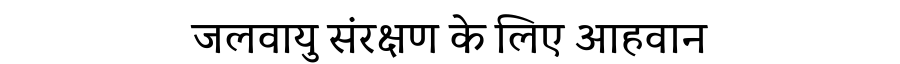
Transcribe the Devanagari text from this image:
जलवायु संरक्षण के लिए आहवान